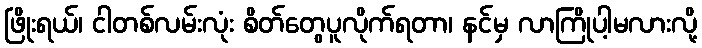
ဖြိုးရယ်၊ ငါတစ်လမ်းလုံး စိတ်တွေပူလိုက်ရတာ၊ နင်မှ လာကြိုပါ့မလားလို့